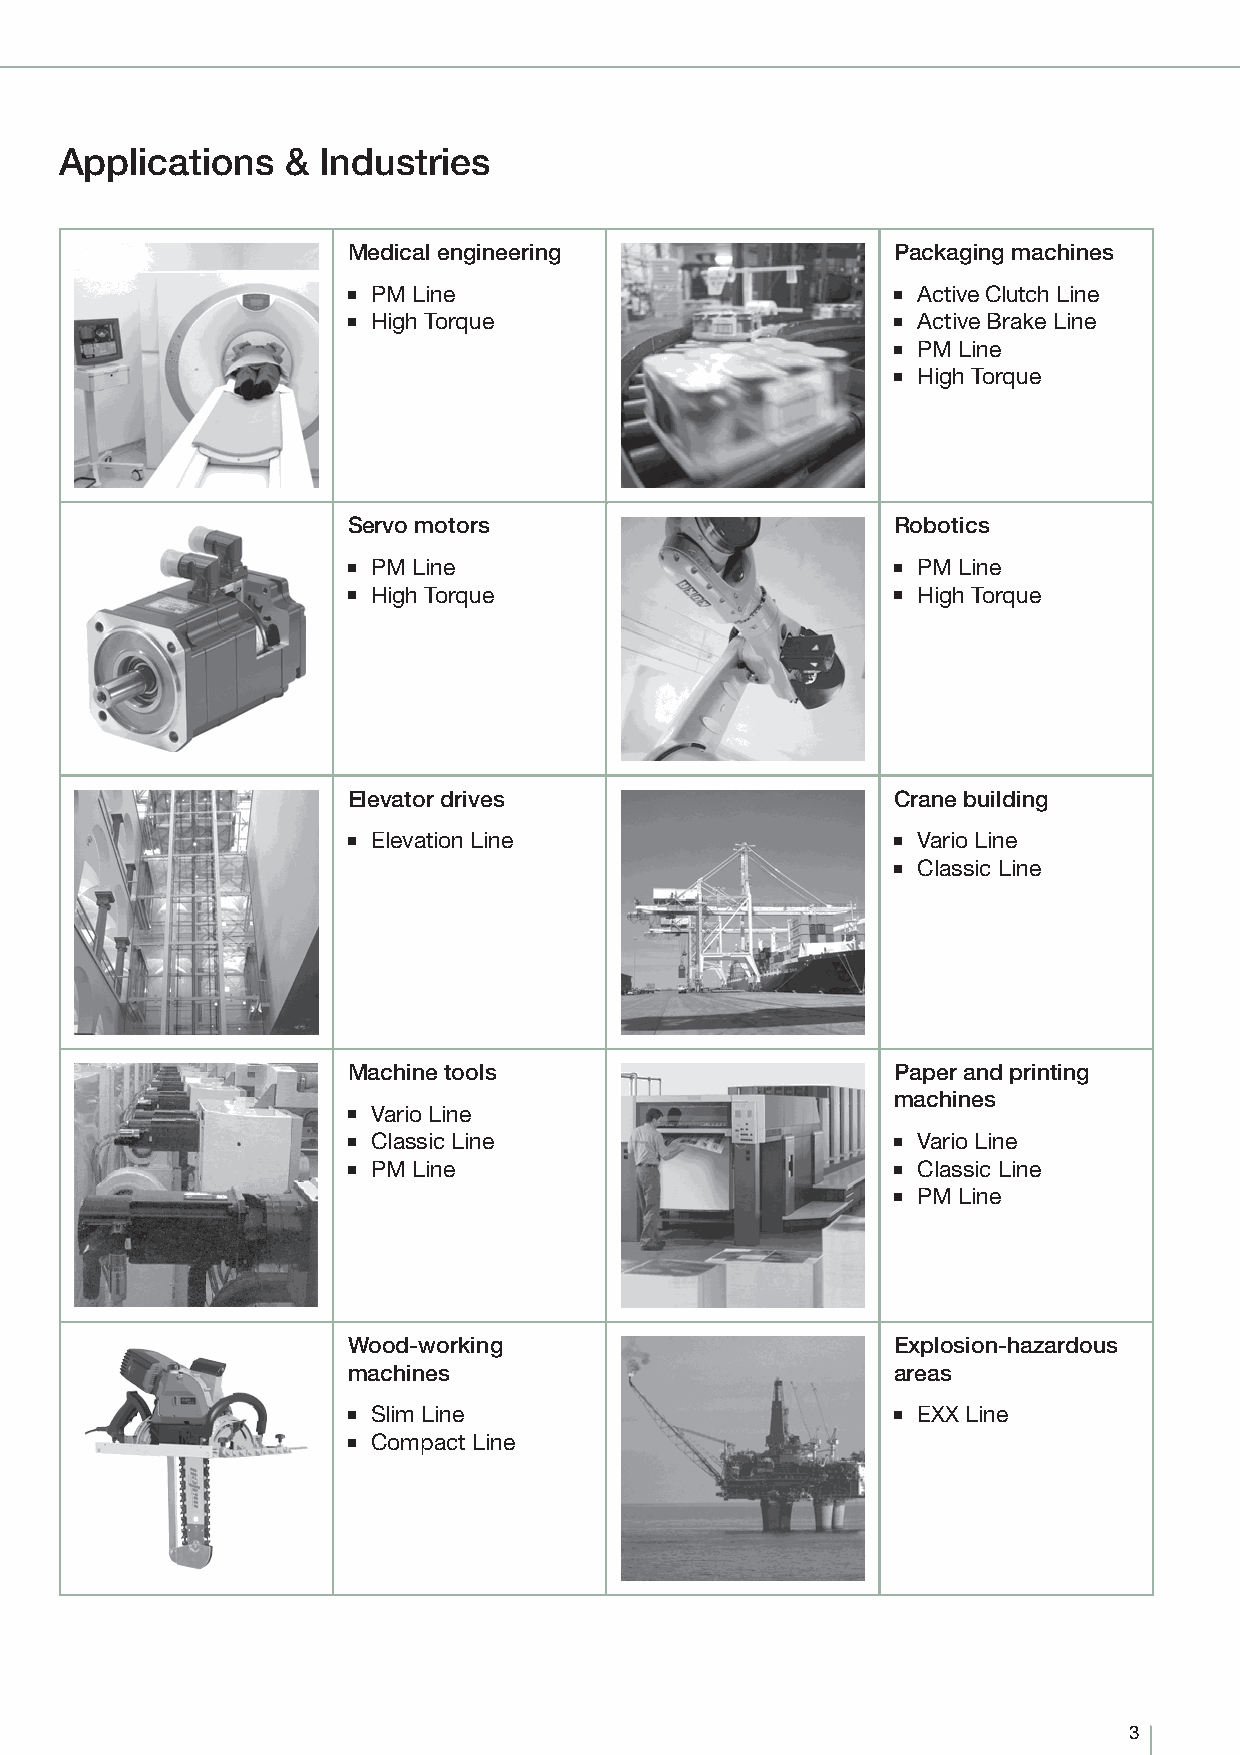
Applications   & Industries
 Medical engineering                 Packaging machines
 ■ PM Line                           ■ Active Clutch Line
 ■ High Torque                       ■ Active Brake Line
 ■ PM Line
 ■ High Torque
 Servo motors                        Robotics
 ■ PM Line                           ■ PM Line
 ■ High Torque                       ■ High Torque
 Elevator drives                     Crane building
 ■ Elevation Line                    ■ Vario Line
 ■ Classic Line
 Machine tools                       Paper and printing
 machines
 ■ Vario Line
 ■ Classic Line                      ■ Vario Line
 ■ PM Line                           ■ Classic Line
 ■ PM Line
 Wood-working                        Explosion-hazardous
 machines                            areas
 ■ Slim Line                         ■ EXX Line
 ■ Compact Line
 3